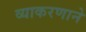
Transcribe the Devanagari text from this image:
व्याकरणाने